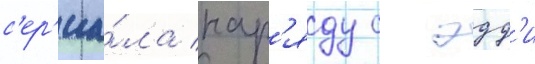
с'ер'иа́ла нар'яду с эдд'и